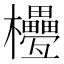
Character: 𣡟